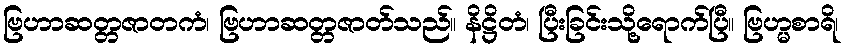
ဗြဟာဆတ္တဇာတကံ၊ ဗြဟာဆတ္တဇာတ်သည်။ နိဋ္ဌိတံ၊ ပြီးခြင်းသို့ရောက်ပြီ။ ဗြဟ္မစာရိ၊